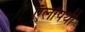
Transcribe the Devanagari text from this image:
ऍलोपथी